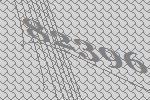
82396